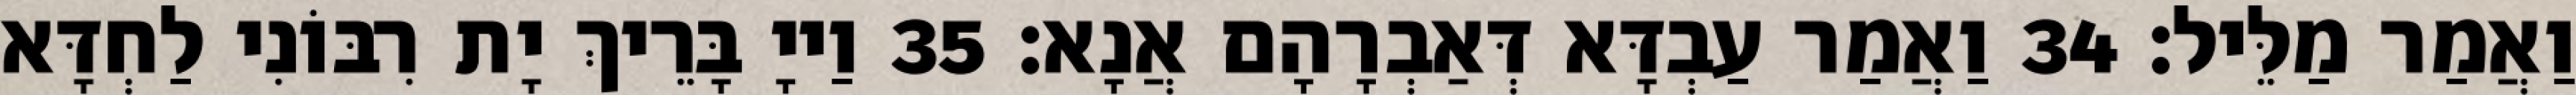
וַאֲמַר מַלֵּיל׃ 34 וַאֲמַר עַבְדָּא דְּאַבְרָהָם אֲנָא׃ 35 וַייָ בָּרֵיךְ יָת רִבּוֹנִי לַחְדָּא